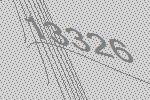
13326